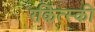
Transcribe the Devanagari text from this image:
रकित्स्की